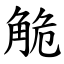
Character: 觤